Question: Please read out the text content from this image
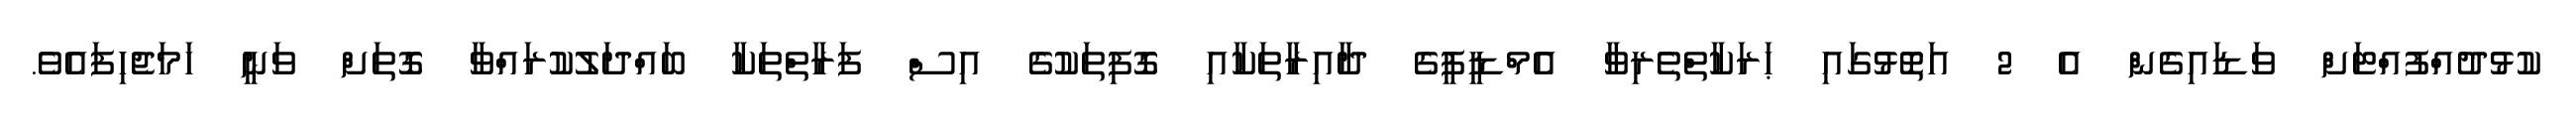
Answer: ކުޅުދުއްފުއްޓަށް ވަޑައިގެން އެ 2 އަތޮޅުގައި ޙަރަކާތްތެރިވާ އެމްޑީޕީގެ ދާއިރާތަކާއި ގޮފިތަކުގެ އިސް ފަރާތްތަކާ ބައްދަލުކުރައްވާ ގޮތަށް ވަނީ ހަމަޖެހިފައެވެ.